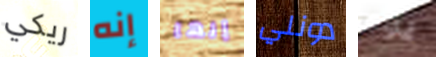
ريكي إنه إنها دونلي يوم